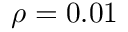
\rho = 0 . 0 1